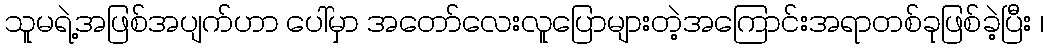
သူမရဲ့အဖြစ်အပျက်ဟာ ပေါ်မှာ အတော်လေးလူပြောများတဲ့အကြောင်းအရာတစ်ခုဖြစ်ခဲ့ပြီး ၊